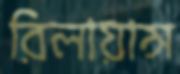
রিলায়ান্স